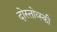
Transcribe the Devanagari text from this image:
दोस्तोव्स्की